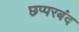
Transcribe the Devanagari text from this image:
छप्परबंद